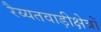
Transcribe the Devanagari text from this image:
रैय्यतवाड़ीक्षेत्रों